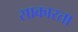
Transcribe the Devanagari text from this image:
साकारता